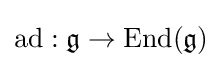
{\text{ad}}:{\mathfrak {g}}\rightarrow {\text{End}}({\mathfrak {g}})